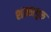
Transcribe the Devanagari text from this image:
शास्त्रगुरु